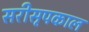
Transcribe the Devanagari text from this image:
सरीसृपकाल